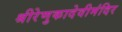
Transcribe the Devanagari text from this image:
श्रीरेणुकादेवीमंदिर